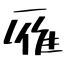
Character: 雁